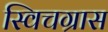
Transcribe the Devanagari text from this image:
स्विचग्रास